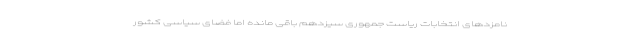
نامزدهای انتخابات ریاست جمهوری سیزدهم باقی مانده اما فضای سیاسی کشور